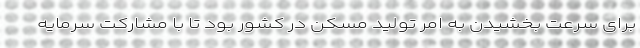
برای سرعت بخشیدن به امر تولید مسکن در کشور بود تا با مشارکت سرمایه